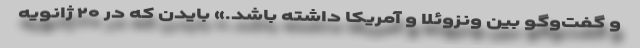
و گفت‌و‌گو بین ونزوئلا و آمریکا داشته باشد‌.» بایدن که در ۲۰ ژانویه